Malaria in the Punjab - Number 46
Disease focus: Malaria
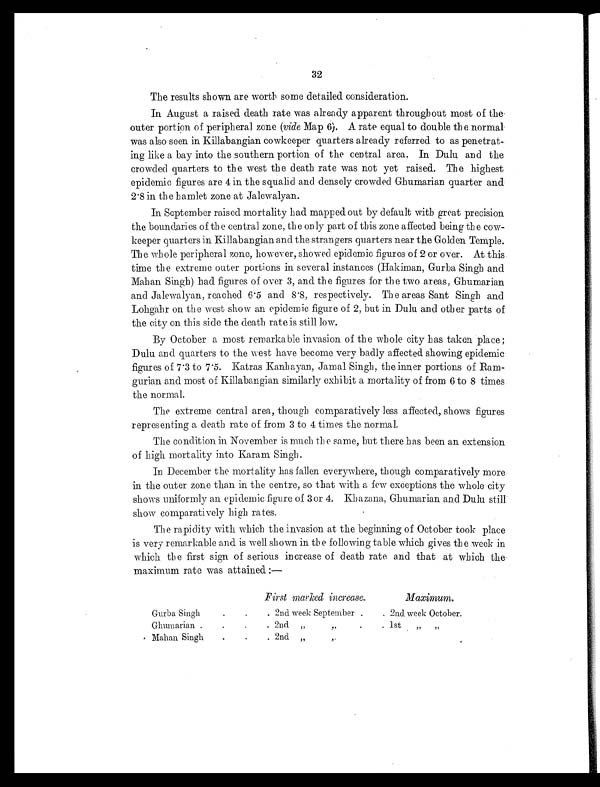
32
The results shown are worth some detailed consideration.
In August a raised death rate was already apparent throughout most of the
outer portion of peripheral zone ( vide Map 6). A rate equal to double the normal
was also seen in Killabangian cowkeeper quarters already referred to as penetrat-
ing like a bay into the southern portion of the central area. In Dulu and the
crowded quarters to the west the death rate was not yet raised. The highest
epidemic figures are 4 in the squalid and densely crowded Ghumarian quarter and
2.8 in the hamlet zone at Jalewalyan.
In September raised mortality had mapped out by default with great precision
the boundaries of the central zone, the only part of this zone affected being the cow-
keeper quarters in Killabangian and the strangers quarters near the Golden Temple.
The whole peripheral zone, however, showed epidemic figures of 2 or over. At this
time the extreme outer portions in several instances (Hakiman, Gurba Singh and
Mahan Singh) had figures of over 3, and the figures for the two areas, Ghumarian
and Jalewalyan, reached 6.5 and 8.8, respectively. The areas Sant Singh and
Lohgahr on the west show an epidemic figure of 2, but in Dulu and other parts of
the city on this side the death rate is still low.
By October a most remarkable invasion of the whole city has taken place
; D u l u a n d q u a r t e r s t o t h e w e s t h a v e b e c o m e v e r y b a d l y a f f e c t e d s h o w i n g e p i d e m i c
figures of 7.3 to 7.5. Katras Kanhayan, Jamal Singh, the inner portions of Ram-
gurian and most of Killabangian similarly exhibit a mortality of from 6 to 8 times
the normal.
The extreme central area, though comparatively less affected, shows figures
representing a death rate of from 3 to 4 times the normal.
The condition in November is much the same, but there has been an extension
of high mortality into Karam Singh.
In December the mortality has fallen everywhere, though comparatively more
in the outer zone than in the centre, so that with a few exceptions the whole city
shows uniformly an epidemic figure of 3 or 4. Khazana, Ghumarian and Dulu still
show comparatively high rates.
The rapidity with which the invasion at the beginning of October took place
is very remarkable and is well shown in the following table which gives the week in
which the first sign of serious increase of death rate and that at which the
maximum rate was attained:—
First marked increase.
Maximum.
Gurba Singh
2nd week September .
. 2nd week October.
Ghumarian
2nd" ". 1st " "
Mahan Singh
2nd " "